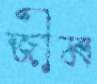
জীম